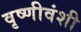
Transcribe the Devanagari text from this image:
वृष्णीवंशी